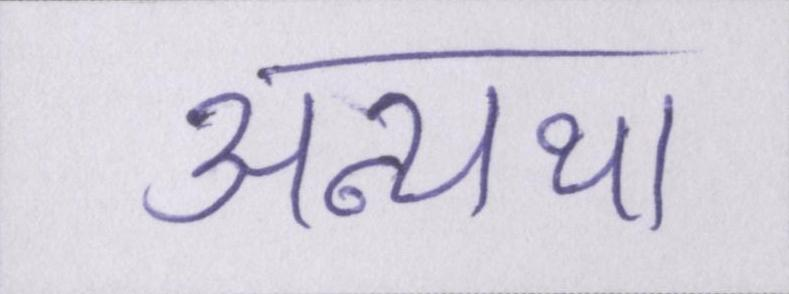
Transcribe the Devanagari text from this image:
अन्यथा